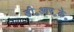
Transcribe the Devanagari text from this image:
डी॰आर॰के॰